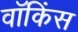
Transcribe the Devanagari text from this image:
वॉकिंस